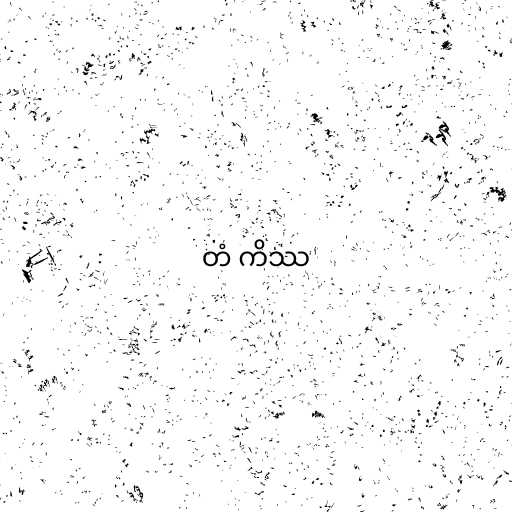
တံ ကိဿ